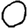
Digit: 0